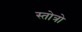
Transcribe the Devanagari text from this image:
स्तोत्रो